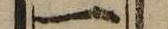
一